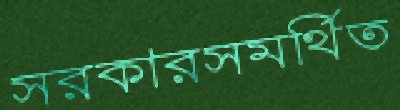
সরকারসমর্থিত